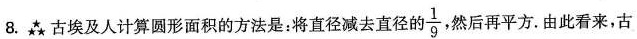
8.★★★在古埃及人计算圆形面积的方法是：将直径减去直径的 \frac{1}{9} 然后再平方。由此看来，古